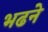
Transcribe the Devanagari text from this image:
भढने